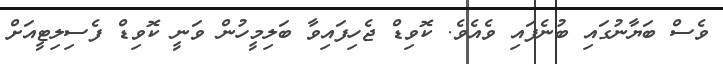
ވެސް ބަޔާނުގައި ބުނެފައި ވެއެވެ. ކޮވިޑް ޖެހިފައިވާ ބަލިމީހުން ވަނީ ކޮވިޑް ފެސިލިޓީއަށް